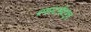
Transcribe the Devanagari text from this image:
ब्लास्टर्सकडून